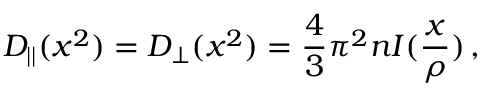
{ \cal D } _ { | | } ( x ^ { 2 } ) = { \cal D } _ { \bot } ( x ^ { 2 } ) = \frac { 4 } { 3 } \pi ^ { 2 } n I ( \frac { x } { \rho } ) \, ,